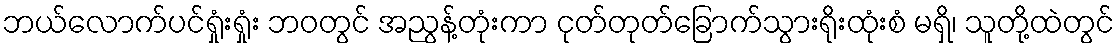
ဘယ်လောက်ပင်ရှုံးရှုံး ဘဝတွင် အညွန့်တုံးကာ ငုတ်တုတ်ခြောက်သွားရိုးထုံးစံ မရှိ၊ သူတို့ထဲတွင်